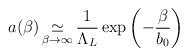
LaTeX: \begin{align*}a(\beta) \mathop\simeq_{\beta\to \infty} \frac{1}{\Lambda_L}\exp\left(-\frac{\beta}{b_0}\right) \end{align*}